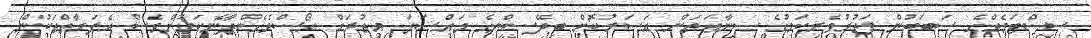
ސިސްޓަމެއްގެ ސަބަބުން ފަތުރުވެރިކަމުގެ ސިނާޢަތަށް އަސަރުކޮށް ބިދޭސީންގެ މައްސަލަ އިތުރަށް ގޯސްވެގެންދާނެކަމަށްވެސް އެފަރާތްތަކުން